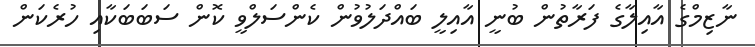
ނާޒިމްގެ އާއިލާގެ ފަރާތުން ބުނީ އާއިލީ ބައްދަލުވުން ކެންސަލްވީ ކޮން ސަބަބަކާއި ހުރެކަން